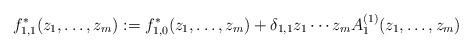
LaTeX: \begin{align*} f_{1,1}^*(z_1,\ldots,z_m):=f_{1,0}^*(z_1,\ldots,z_m)+\delta_{1,1}z_1\cdots z_mA_1^{(1)}(z_1,\ldots,z_m) \end{align*}